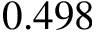
0 . 4 9 8